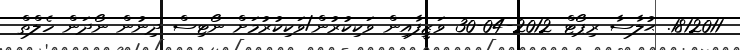
1812011. ޙުލާސާ ރިޕޯޓް 2012-04-30 ވަޒީފާއިން ވަކިކުރުން/ވަކިކުރުމަށް ނޯޓިސް ދިނުން ނޯދަން ހެލްތް